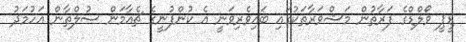
ޑީޕީ ވޯލްޑްގެ ފަރާތުން މަޝްވަރާތަކުގައި ބައިވެރިވަނީ އެ ކުންފުނީގެ ޗެއާމަން ސުލްޠާން އަހުމަދު